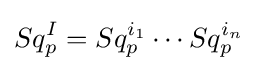
Sq_{p}^{I}=Sq_{p}^{i_{1}}\cdots Sq_{p}^{i_{n}}